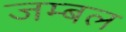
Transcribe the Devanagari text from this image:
जम्‍बल